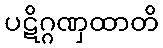
ပဋိဂ္ဂဏှထာတိ